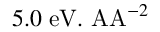
5 . 0 \; \mathrm { e V . \ A A } ^ { - 2 }